Code of medical and sanitary regulations for the guidance of medical officers serving in the Madras Presidency - Volume II
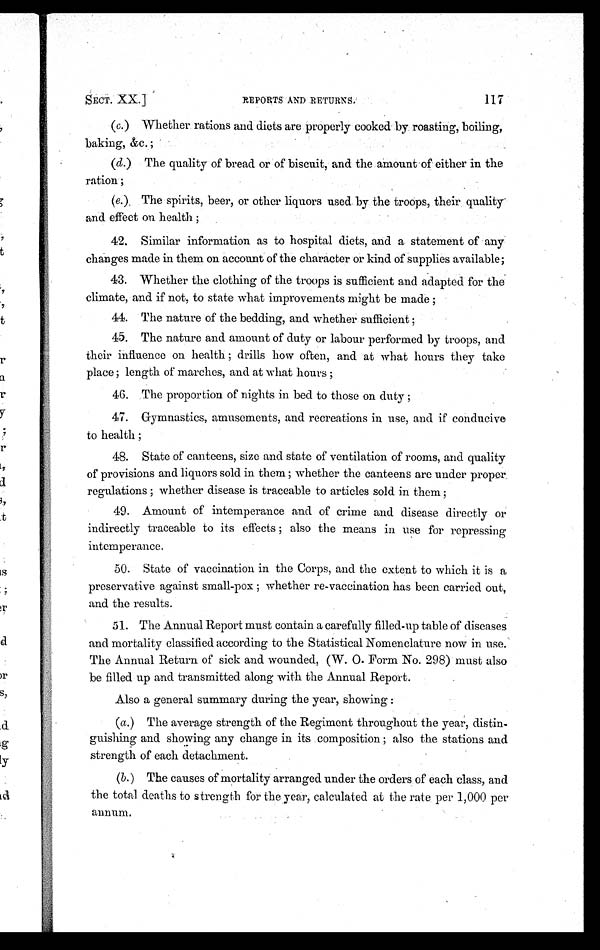
SECT. XX.]
REPO R
TS AND RETURNS.
117
(c.) Whether rations and diets are properly cooked by roasting, boiling,
baking, &c.;
(d.) The quality of bread or of biscuit, and the amount of either in the
ration;
(e.) The spirits, beer, or other liquors used by the troops, their quality
and effect on health;
42. Similar information as to hospital diets, and a statement of any
changes made in them on account of the character or kind of supplies available;
43. Whether the clothing of the troops is sufficient and adapted for the
climate, and if not, to state what improvements might be made;
44. The nature of the bedding, and whether sufficient;
45. The nature and amount of duty or labour performed by troops, and
their influence on health; drills how often, and at what hours they take
place; length of marches, and at what hours;
46. The proportion of nights in bed to those on duty;
47. Gymnastics, amusements, and recreations in use, and if conducive
to health;
48. State of canteens, size and state of ventilation of rooms, and quality
of provisions and liquors sold in them; whether the canteens are under proper
regulations; whether disease is traceable to articles sold in them;
49. Amount of intemperance and of crime and disease directly or
indirectly traceable to its effects; also the means in use for repressing
intemperance.
50. State of vaccination in the Corps, and the extent to which it is a
preservative against small-pox; whether re-vaccination has been carried out,
and the results.
51. The Annual Report must contain a carefully filled-up table of diseases
and mortality classified according to the Statistical Nomenclature now in use.
The Annual Return of sick and wounded, (W. O. Form No. 298) must also
be filled up and transmitted along with the Annual Report.
Also a general summary during the year, showing :
(a.) The average strength of the Regiment throughout the year, distin
-guishing and showing any change in its composition; also the stations and
strength of each detachment.
(b.) The causes of mortality arranged under the orders of each class, and
the total deaths to strength for the year, calculated at the rate per 1,000 per
annum.